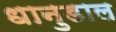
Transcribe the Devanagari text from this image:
धानुडाल